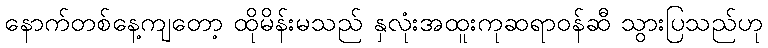
နောက်တစ်နေ့ကျတော့ ထိုမိန်းမသည် နှလုံးအထူးကုဆရာဝန်ဆီ သွားပြသည်ဟု